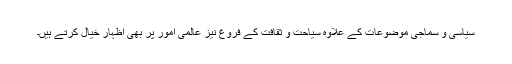
سیاسی و سماجی موضوعات کے علاوہ سیاحت و ثقافت کے فروغ نیز عالمی امور پر بھی اظہار خیال کرتے ہیں۔